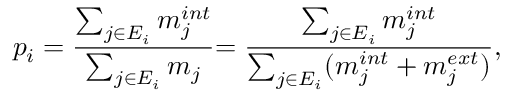
p _ { i } = \frac { \sum _ { j \in E _ { i } } m _ { j } ^ { i n t } } { \sum _ { j \in E _ { i } } m _ { j } } { = \frac { \sum _ { j \in E _ { i } } m _ { j } ^ { i n t } } { \sum _ { j \in E _ { i } } ( m _ { j } ^ { i n t } + m _ { j } ^ { e x t } ) } } ,